Scottish Leaving Certificate Examination, 1958
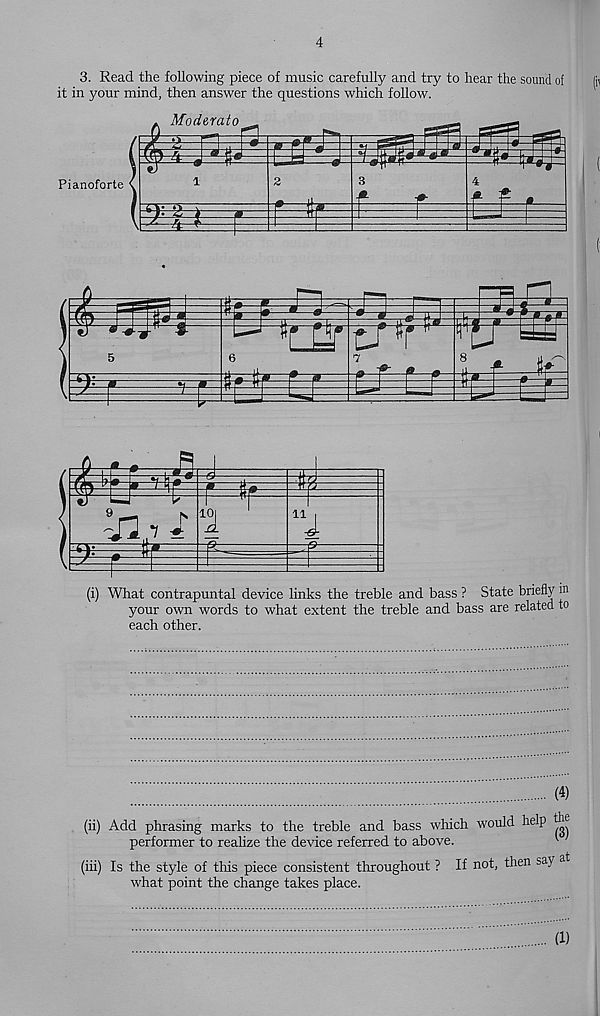
4
3. Read the following piece of music carefully and try to hear the sound of
it in your mind, then answer the questions which follow.
Pianoforte
(i) What contrapuntal device links the treble and bass ? State briefly m
your own words to what extent the treble and bass are related to
each other.
(4)
(ii) Add phrasing marks to the treble and bass which would help
performer to realize the device referred to above.
*■
(hi) Is the style of this piece consistent throughout ? If not, then say at
what point the change takes place.
(1)